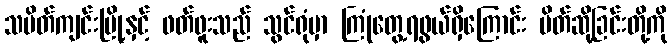
သပိတ်ကျင်းမြို့နှင့် ဖတ်ဖူးသည် သွင်ရုံမှာ ကြုံတွေ့ရဖွယ်ရှိကြောင်း ပိတ်ဆို့ခြင်းတို့ကို